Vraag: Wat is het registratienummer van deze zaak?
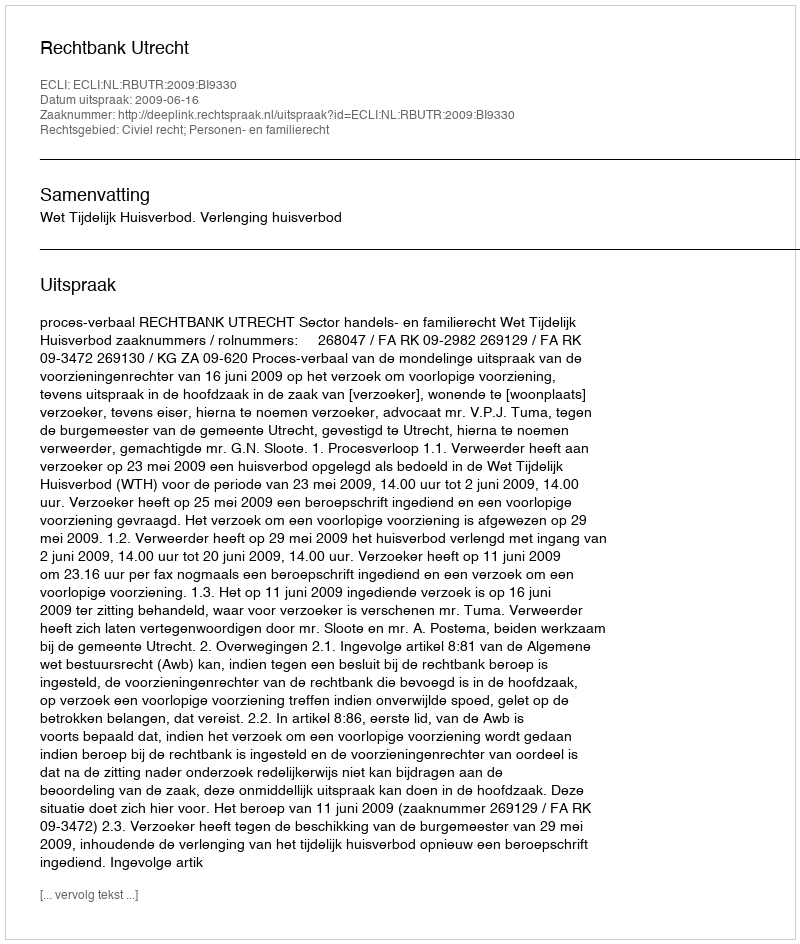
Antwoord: http://deeplink.rechtspraak.nl/uitspraak?id=ECLI:NL:RBUTR:2009:BI9330